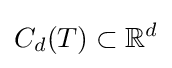
C_{d}(T)\subset \mathbb {R} ^{d}